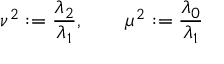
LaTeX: \nu ^ { 2 } : = \frac { \lambda _ { 2 } } { \lambda _ { 1 } } , \qquad \mu ^ { 2 } : = \frac { \lambda _ { 0 } } { \lambda _ { 1 } }